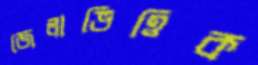
জেলাভিত্তিক